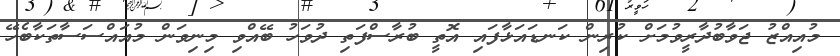
މުއިއްޒު ޖަވާބުދާރީވުމަށް ކުރިން ކަނޑައަޅާފައި އޮތީ ބުރާސްފަތި ދުވަހު ބޭއްވި މިނިވަން މުއައްސަސާތަކާބެހޭ